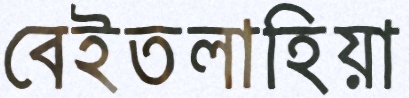
বেইতলাহিয়া